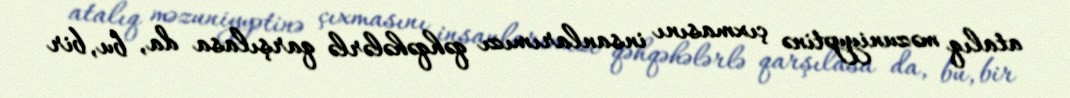
atalıq məzuniyyətinə çıxmasını insanlarımızı qəhqəhələrlə qarşılasa da, bu, bir